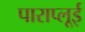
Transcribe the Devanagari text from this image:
पाराप्लूई